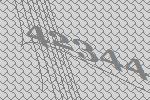
42344